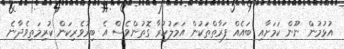
އުޅުމުން ނޫން ކަމަށާއި ބައެއް ފަރާތްތަކުން އަމަލުކުރާ ގޮތުންވެސް އެ ބިރުވެރިކަން ކުރިމަތިވެދާނެ